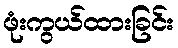
ဖုံးကွယ်ထားခြင်း